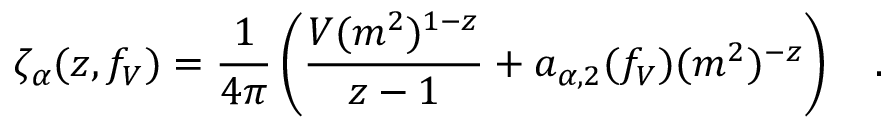
\zeta _ { \alpha } ( z , f _ { V } ) = { \frac { 1 } { 4 \pi } } \left( { \frac { V ( m ^ { 2 } ) ^ { 1 - z } } { z - 1 } } + a _ { \alpha , 2 } ( f _ { V } ) ( m ^ { 2 } ) ^ { - z } \right) ~ ~ ~ .